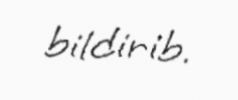
bildirib.